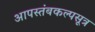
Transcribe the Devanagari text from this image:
आपस्तंबकल्पसूत्र